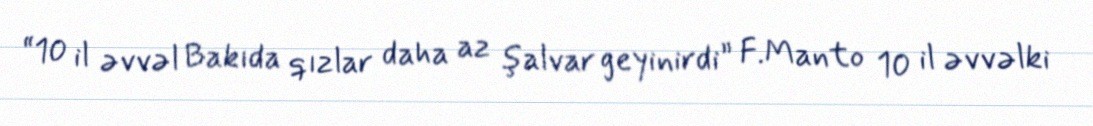
“10 il əvvəl Bakıda qızlar daha az şalvar geyinirdi” F.Manto 10 il əvvəlki